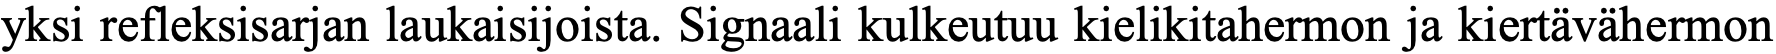
yksi refleksisarjan laukaisijoista. Signaali kulkeutuu kielikitahermon ja kiertävähermon